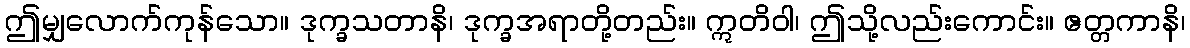
ဤမျှလောက်ကုန်သော။ ဒုက္ခသတာနိ၊ ဒုက္ခအရာတို့တည်း။ ဣတိဝါ၊ ဤသို့လည်းကောင်း။ ဧတ္တကာနိ၊